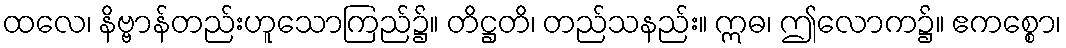
ထလေ၊ နိဗ္ဗာန်တည်းဟူသောကြည်၌။ တိဋ္ဌတိ၊ တည်သနည်း။ ဣဓ၊ ဤလောက၌။ ဧကစ္စော၊